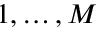
1 , \dots , M